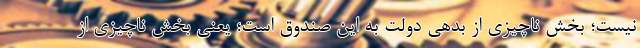
نیست؛ بخش ناچیزی از بدهی دولت به این صندوق است؛ یعنی بخش ناچیزی از